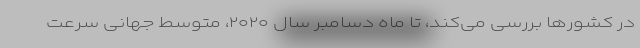
در کشور‌ها بررسی می‌کند، تا ماه دسامبر سال ۲۰۲۰، متوسط جهانی سرعت